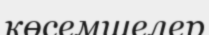
көсемшелер